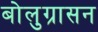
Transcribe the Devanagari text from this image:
बोलुग्रासन